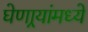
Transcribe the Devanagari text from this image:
घेणार्‍यांमध्ये